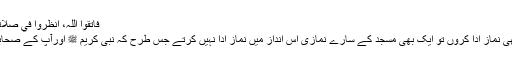
فاتقوا اللہ، انظروا في صلاتکم وصلاۃ من یصلي معکم»
’’اگر میں سو مسجدوں میں بھی نماز ادا کروں تو ایک بھی مسجد کے سارے نمازی اس انداز میں نماز ادا نہیں کرتے جس طرح کہ نبی کریم ﷺ اورآپ کے صحابہ رحمہم اللہ سے منقول ہے۔